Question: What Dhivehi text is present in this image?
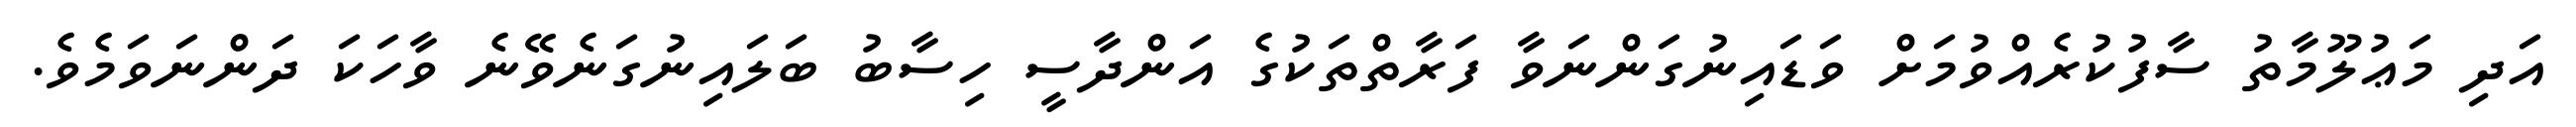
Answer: އަދި މަޢުލޫމާތު ސާފުކުރެއްވުމަށް ވަޑައިނުގަންނަވާ ފަރާތްތަކުގެ އަންދާސީ ހިސާބު ބަލައިނުގަނެވޭނެ ވާހަކަ ދަންނަވަމެވެ.